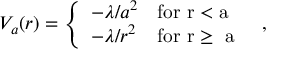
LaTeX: V _ { a } ( r ) = \left\{ \begin{array} { l l } { { - \lambda / a ^ { 2 } } } & { { \mathrm { f o r ~ r < a ~ } } } \\ { { - \lambda / r ^ { 2 } } } & { { \mathrm { f o r ~ r \geq ~ a ~ } } } \end{array} \right. \; ,